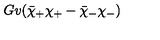
G v ( \bar { \chi } _ { + } \chi _ { + } - \bar { \chi } _ { - } \chi _ { - } )